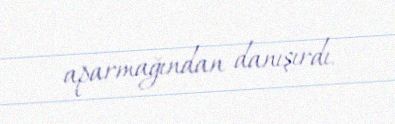
aparmağından danışırdı.